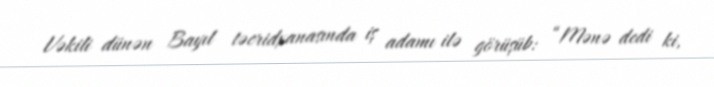
Vəkili dünən Bayıl təcridxanasında iş adamı ilə görüşüb: “Mənə dedi ki,